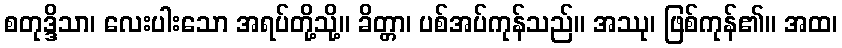
စတုဒ္ဒိသာ၊ လေးပါးသော အရပ်တို့သို့။ ခိတ္တာ၊ ပစ်အပ်ကုန်သည်။ အဿု၊ ဖြစ်ကုန်၏။ အထ၊